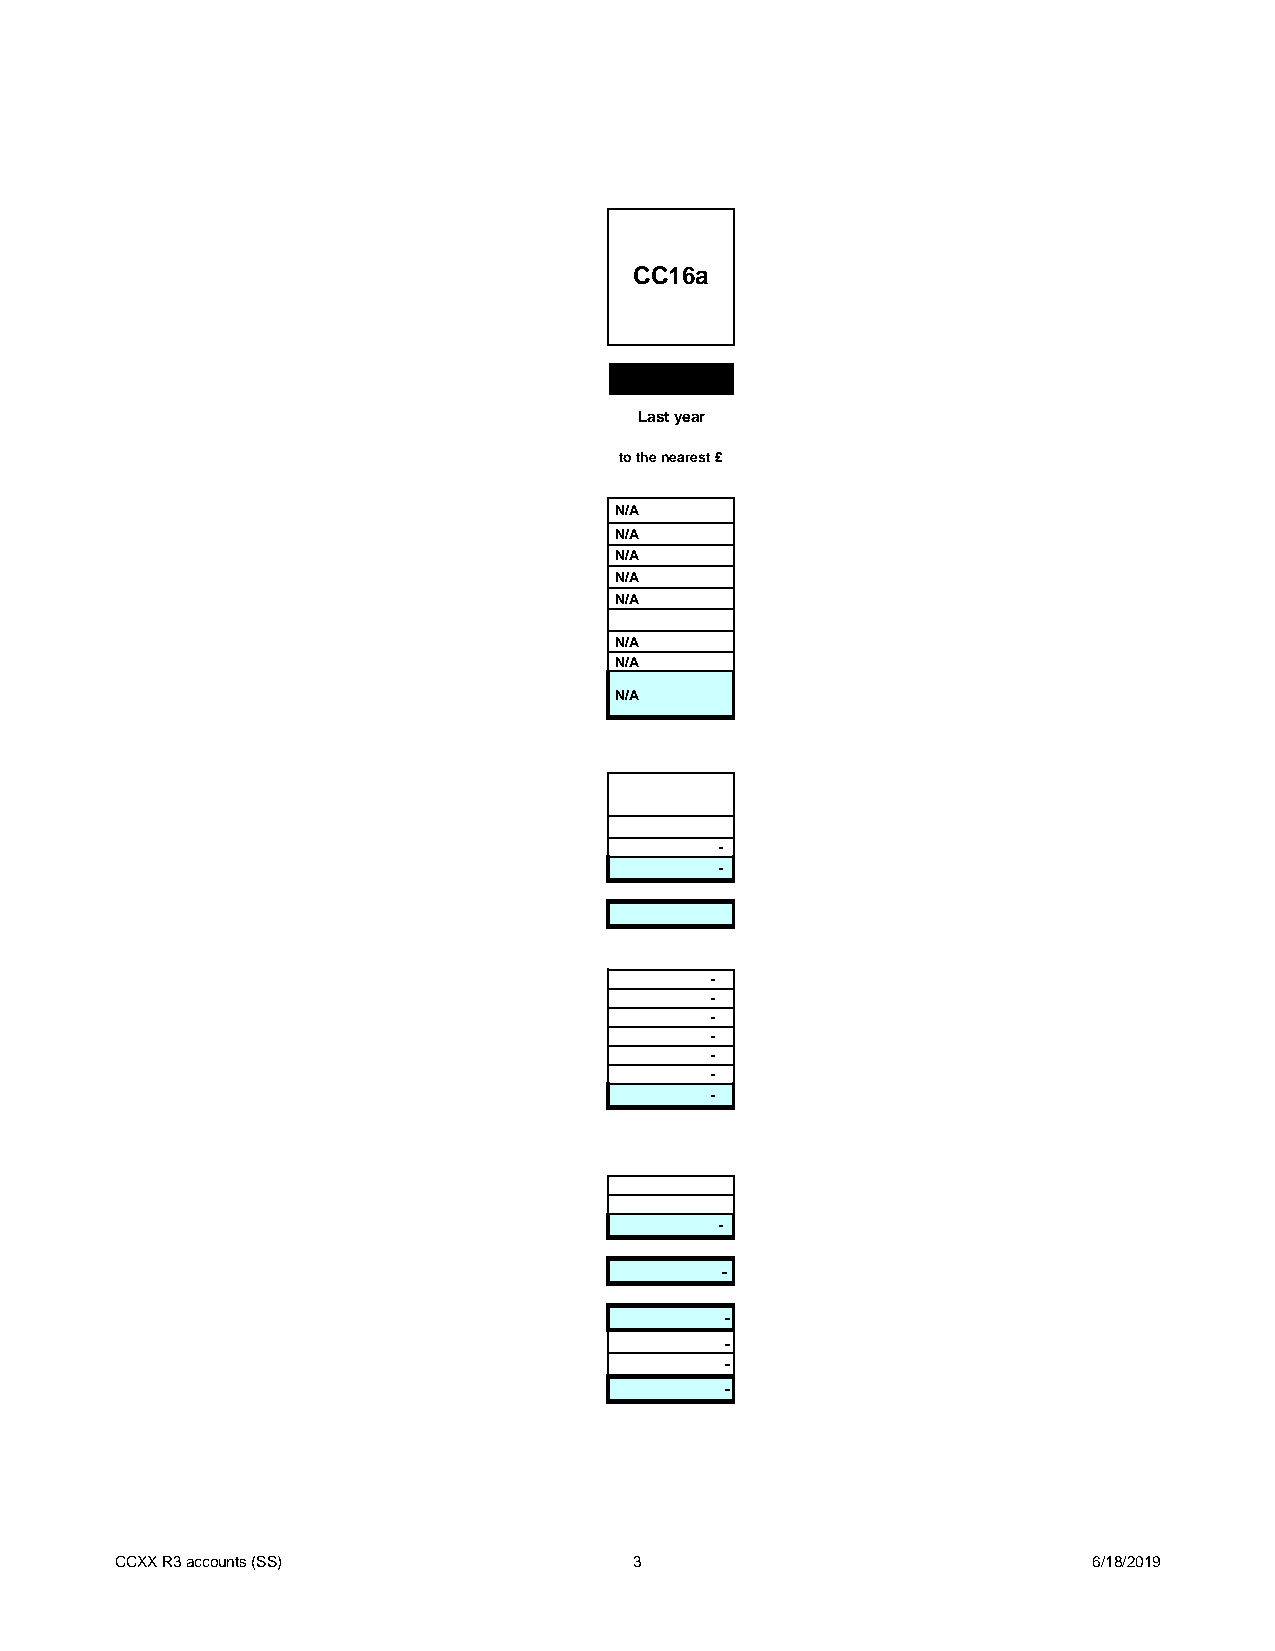
CC16a
 Last year
 to the nearest £
 N/A
 N/A
 N/A
 N/A
 N/A
 N/A
 N/A
 N/A
 -
 -
 -
 -
 -
 -
 -
 -
 -
 -
 -
 -
 -
 -
 -
 CCXX R3 accounts (SS)             3                             6/18/2019